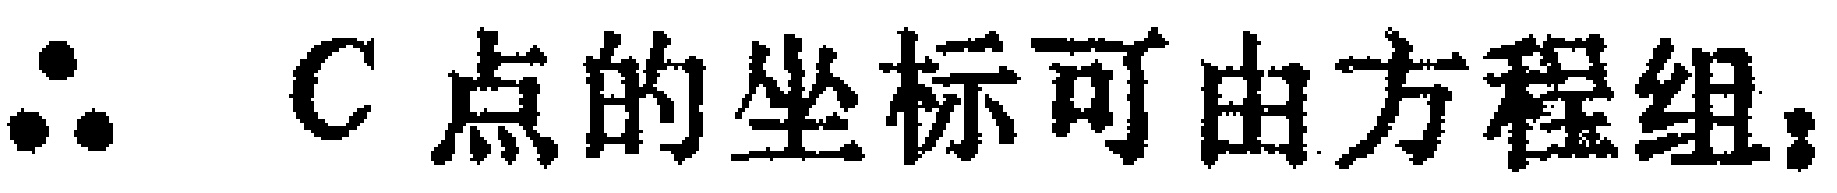
$\therefore$ C点的坐标可由方程组：